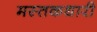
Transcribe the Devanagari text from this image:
मस्तकधारी